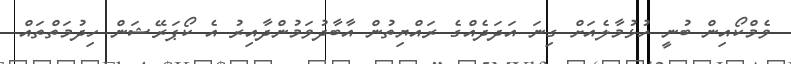
ވެމްކޯއިން ބުނީ ހުޅުމާލެއަށް ގިނަ އަދަދެއްގެ ރައްޔިތުން އާބާދުވަމުންދާއިރު އެ ކޯޕަރޭޝަން ހިދުމަތްތައް